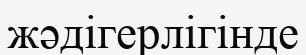
жәдігерлігінде